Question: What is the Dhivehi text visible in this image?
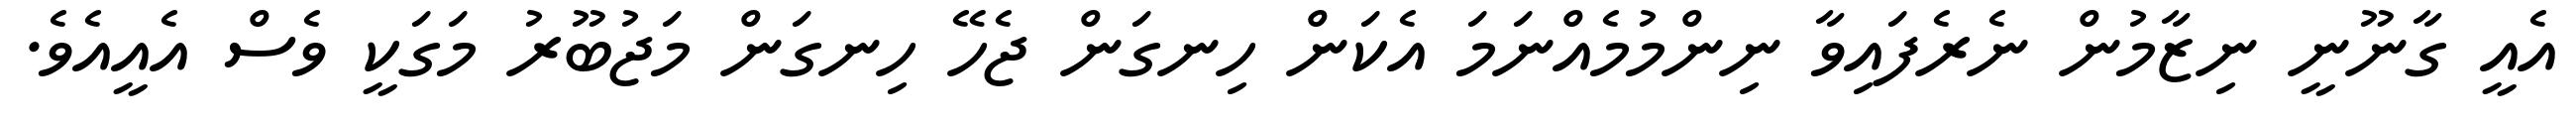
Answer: އެއީ ގާނޫނީ ނިޒާމުން ނެރެފައިވާ ނިންމުމެއްނަމަ އެކަން ހިނގަން ޖެހޭ ހިނގަން މަޖުބޫރު މަގަކީ ވެސް އެއީއެވެ.